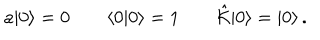
LaTeX: a | 0 \rangle = 0 \qquad \langle 0 | 0 \rangle = 1 \qquad \hat { \cal K } | 0 \rangle = | 0 \rangle \, .